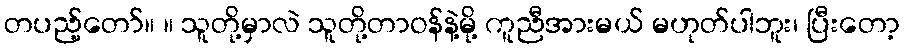
တပည့်တော်။ ။ သူတို့မှာလဲ သူတို့တာဝန်နဲ့မို့ ကူညီအားမယ် မဟုတ်ပါဘူး၊ ပြီးတော့